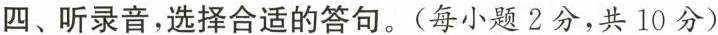
四、听录音,选择合适的答句.(每小题 2分,共 10 分)